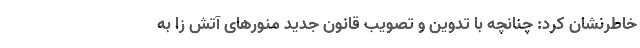
خاطرنشان کرد: چنانچه با تدوین و تصویب قانون جدید منورهای آتش زا به